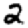
Digit: 2